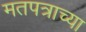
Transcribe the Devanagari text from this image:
मतपत्राच्या